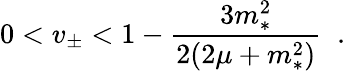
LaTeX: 0<v_{\pm}<1-\frac{3m_{*}^{2}}{2(2\mu+m_{*}^{2})}\; \; .